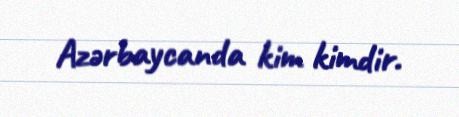
Azərbaycanda kim kimdir.